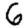
Digit: 6